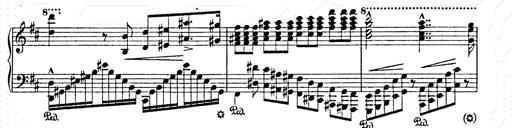
Title: AnnÃ©es de pÃ¨lerinage II
Composer: Franz Liszt